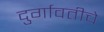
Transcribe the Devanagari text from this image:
दुर्गावतीचे